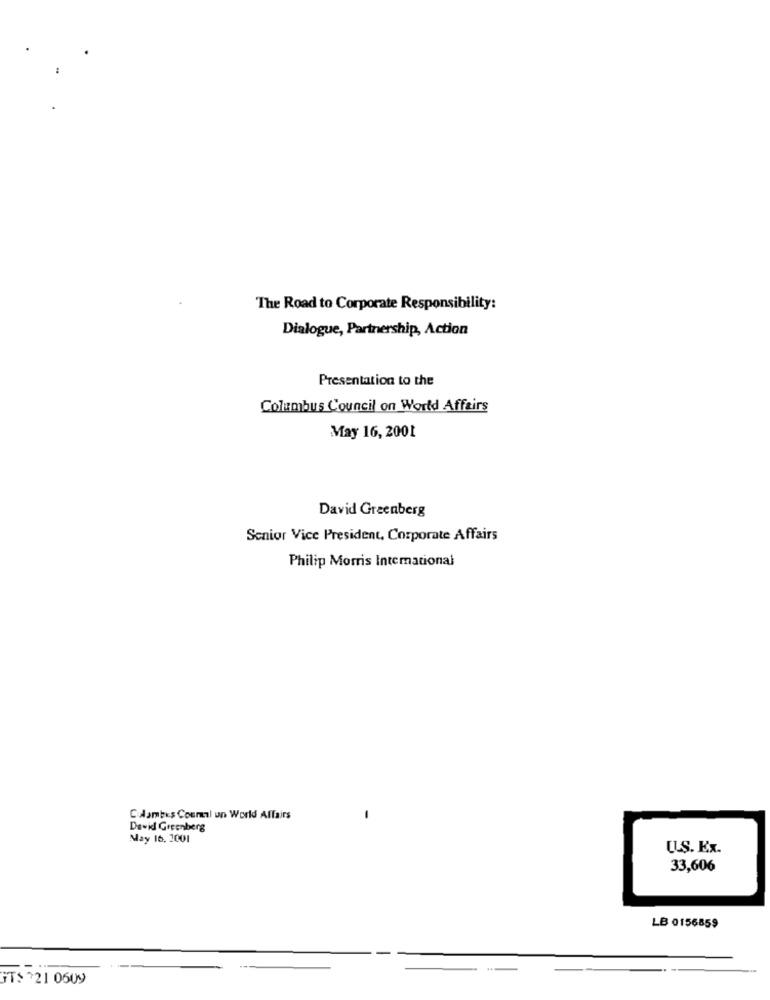
The Road to Corporate Responsibility:
Dialogue, Partnership, Action
Presentation to the
Columbus Council on World Affairs
May 16, 2001
David Greenberg
Senior Vice President, Corporate Affairs
Philip Morris International
CAambes Council un World Affairs
-
Dawid Greenberg
May 16, 2001
U.S. Ex.
33,606
LB 0156859
"T$ $21 0609